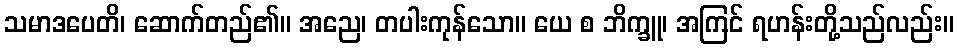
သမာဒပေတိ၊ ဆောက်တည်၏။ အညေ၊ တပါးကုန်သော။ ယေ စ ဘိက္ခူ၊ အကြင် ရဟန်းတို့သည်လည်း။